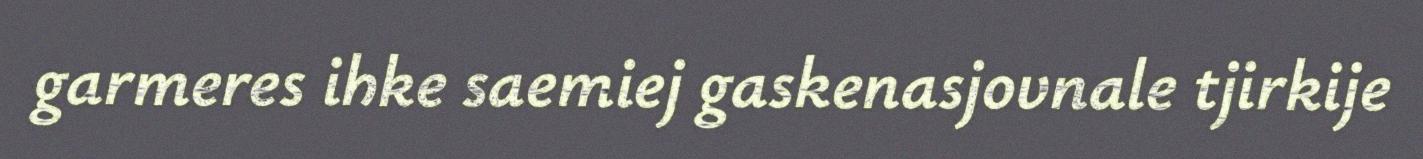
garmeres ihke saemiej gaskenasjovnale tjirkije